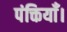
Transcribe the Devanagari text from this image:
पंक्तियाँ।